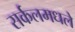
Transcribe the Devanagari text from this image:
सर्कलमधले